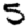
Digit: 5